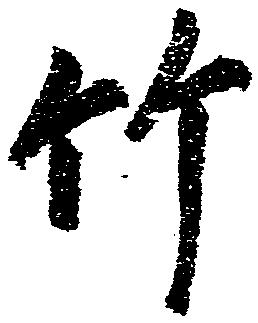
竹